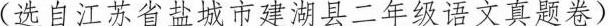
(选自江苏省盐城市建湖县二年级语文真题卷)